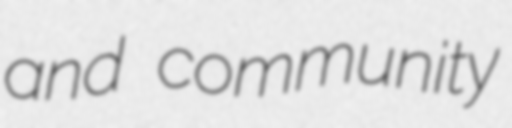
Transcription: and community